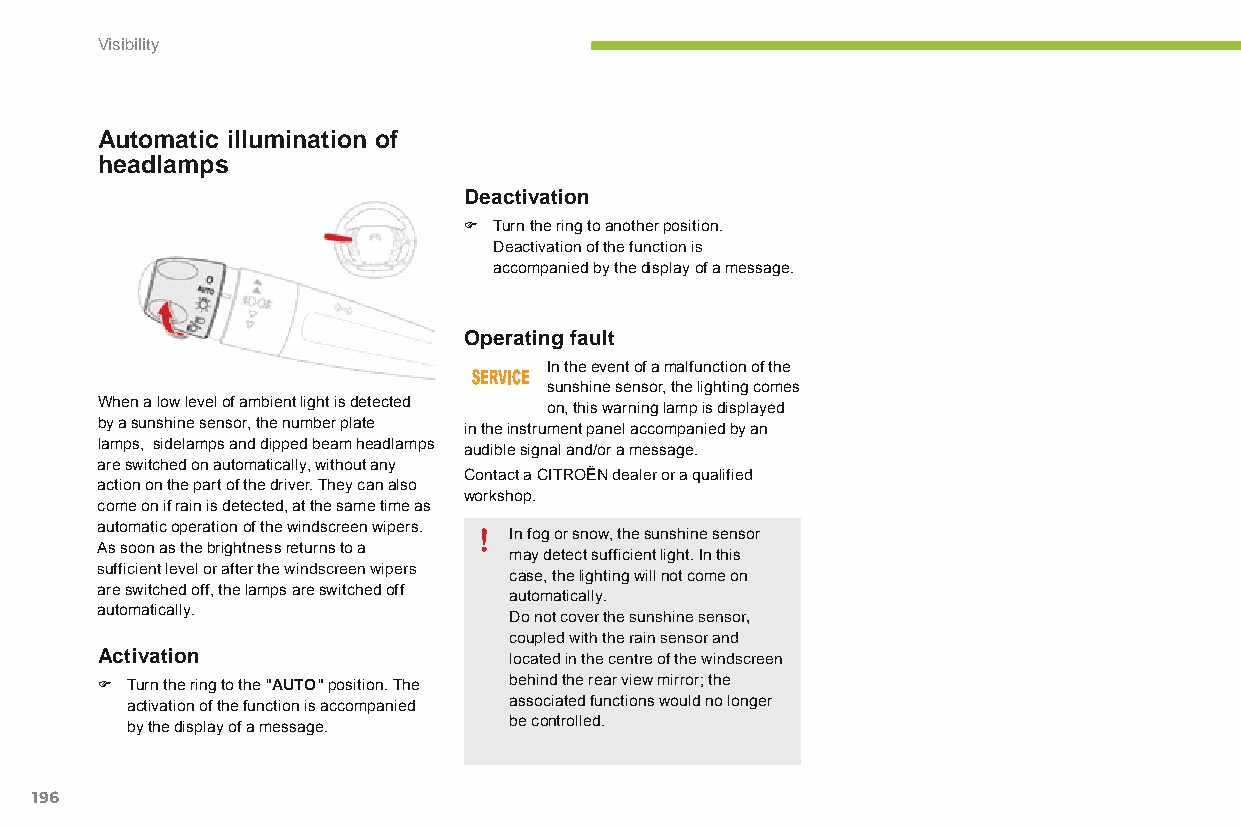
Visibility
 Automatic illumination of
 headlamps
 Deactivation
 F Turn the ring to another position.
 deactivation of the function is
 accompanied by the display of a message.
 Operating fault
 In the event of a malfunction of the
 sunshine sensor, the lighting comes
 When a low level of ambient light is detected on, this warning lamp is displayed
 by a sunshine sensor, the number plate in the instrument panel accompanied by an
 lamps, sidelamps and dipped beam headlamps audible signal and/or a message.
 are switched on automatically, without any
 Contact a CITRoËn dealer or a qualified
 action on the part of the driver. They can also
 workshop.
 come on if rain is detected, at the same time as
 automatic operation of the windscreen wipers.
 In fog or snow, the sunshine sensor
 As soon as the brightness returns to a
 may detect sufficient light. In this
 sufficient level or after the windscreen wipers
 case, the lighting will not come on
 are switched off, the lamps are switched off
 automatically.
 automatically.
 do not cover the sunshine sensor,
 coupled with the rain sensor and
 Activation                  located in the centre of the windscreen
 F Turn the ring to the "AUTO" position. The behind the rear view mirror; the
 activation of the function is accompanied associated functions would no longer
 by the display of a message. be controlled.
 196
 C4-Picasso-II_en_Chap05_visibilite_ed01-2015